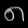
Digit: ၈